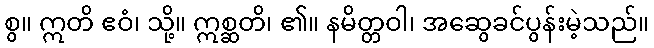
စွ။ ဣတိ ဧဝံ၊ သို့။ ဣစ္ဆတိ၊ ၏။ နမိတ္တဝါ၊ အဆွေခင်ပွန်းမဲ့သည်။